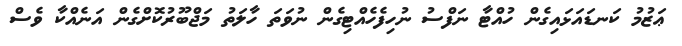
ޢަޒުމު ކަނޑައަޅައިގެން ހުއްޓާ ނަފްސު ނުހިފެހެއްޓިގެން ނުވަތަ ހާލަތު މަޖްބޫރުކޮށްގެން އަނެއްކާ ވެސް